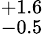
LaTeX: ^{+1.6}_{-0.5}